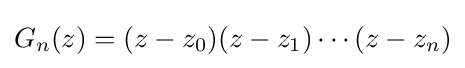
G_{n}(z)=(z-z_{0})(z-z_{1})\cdots (z-z_{n})